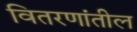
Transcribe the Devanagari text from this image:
वितरणांतील